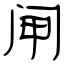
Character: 闸